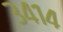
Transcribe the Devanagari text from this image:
३४१४